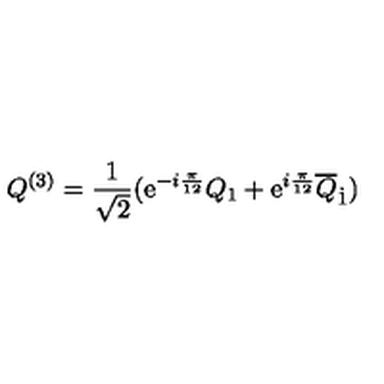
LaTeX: Q ^ { ( 3 ) } = \frac { 1 } { \sqrt { 2 } } ( \mathrm { e } ^ { - i { \frac { \pi } { 1 2 } } } Q _ { 1 } + \mathrm { e } ^ { i { \frac { \pi } { 1 2 } } } \overline { { Q } } _ { \dot { 1 } } )